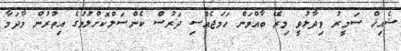
ޝެއިޚް ސަމީރު ވިދާޅުވީ މިރޭ ބާއްވަން ހަމަޖެއްސި ދަރުސް ކެންސަލްކޮށްލުމުގެ އިތުރުން މާދަމާ